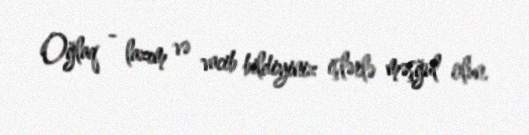
Oğlaq - lazım və vacib bildiyiniz işlərlə məşğul olun.